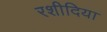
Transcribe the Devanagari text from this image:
रशीदिया